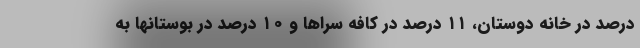
درصد در خانه دوستان، ۱۱ درصد در کافه سراها و ۱۰ درصد در بوستانها به